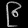
Digit: ၉